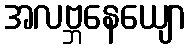
အလဗ္ဘနေယျော